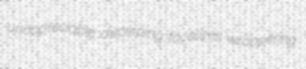
unappreciable discerping focalizes wrappering